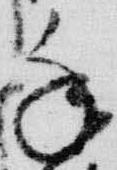
年